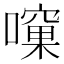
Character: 𱕀